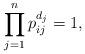
LaTeX: \begin{align*}\prod_{j=1}^n p_{ij}^{d_j}=1, {}\end{align*}